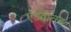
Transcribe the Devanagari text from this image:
ऍडवान्स्ड